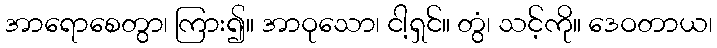
အာရောစေတွာ၊ ကြား၍။ အာဝုသော၊ ငါ့ရှင်။ တွံ၊ သင့်ကို။ ဒေဝတာယ၊